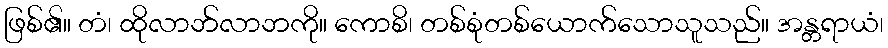
ဖြစ်၏။ တံ၊ ထိုလာဘ်လာဘကို။ ကောစိ၊ တစ်စုံတစ်ယောက်သောသူသည်။ အန္တရာယံ၊